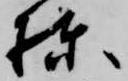
棟